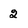
Character: 2